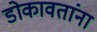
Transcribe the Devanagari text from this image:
डोकावतांना